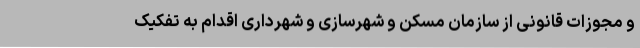
و مجوزات قانونی از سازمان مسکن و شهرسازی و شهرداری اقدام به تفکیک